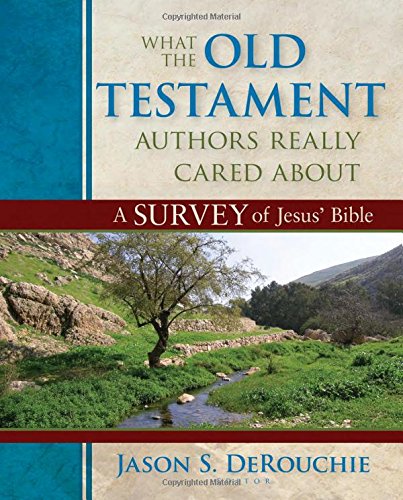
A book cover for What the Old Testament Authors Really Cared About: A Survey of Jesus' Bible; Christian Books & Bibles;